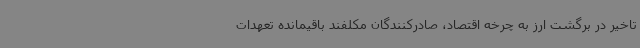
تاخیر در برگشت ارز به چرخه اقتصاد، صادرکنندگان مکلفند باقیمانده تعهدات